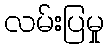
လမ်းပြမှု